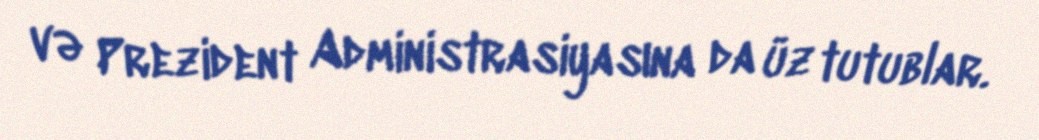
və Prezident Administrasiyasına da üz tutublar.